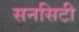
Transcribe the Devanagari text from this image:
सनसिटी